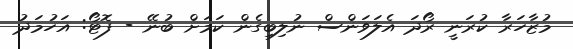
މުޒާހަރާ ކުރަނީ ރޯދަ އެލަވަންސް ނުލިބިގެން ކަމަށް ބުނޭ - ފޮޓޯ: އަހުމަދު